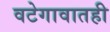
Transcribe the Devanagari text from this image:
वटेगावातही